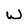
Character: w